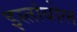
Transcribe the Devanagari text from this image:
इस्तांबोल